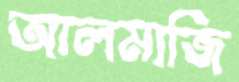
আলমাজি